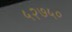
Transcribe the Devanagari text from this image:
५२७५०